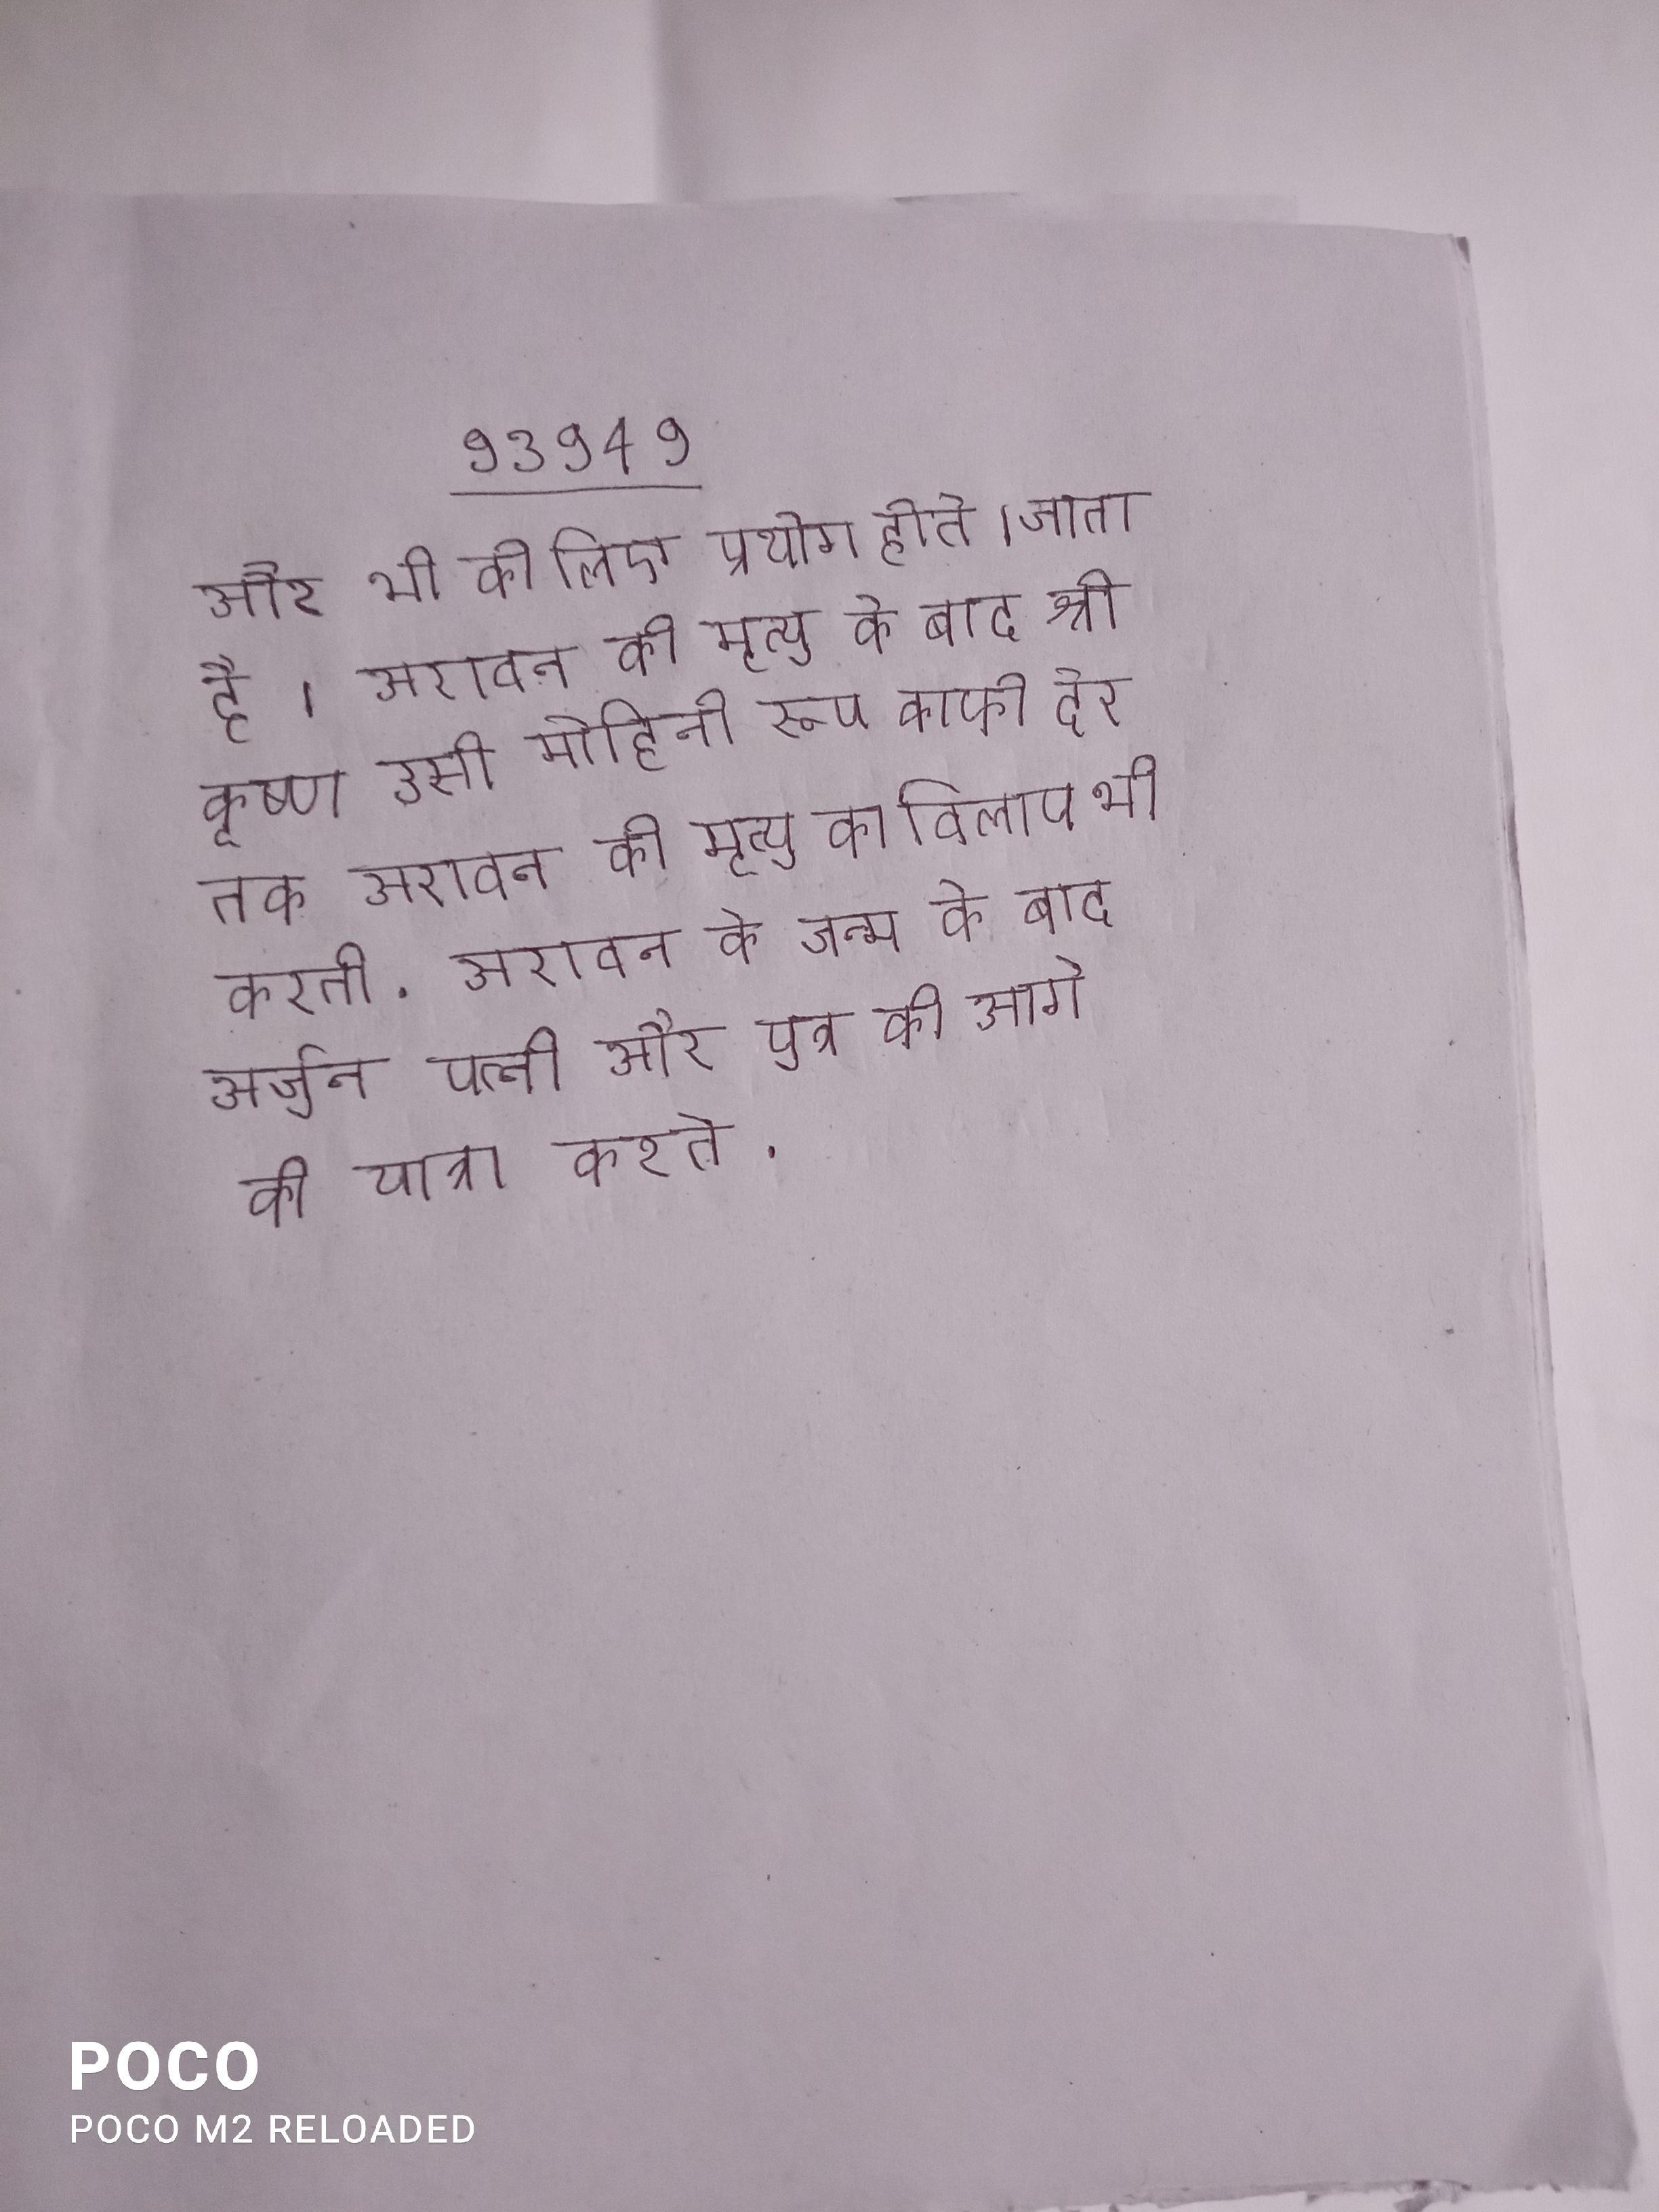
और भी के लिए प्रयोग होते । जाता है । अरावन की मृत्यु के बाद श्री कृष्ण उसी मोहिनी रूप काफी देर तक अरावन की मृत्यु का विलाप भी करती . अरावन के जन्म के बाद अर्जुन पत्नी और पुत्र को आगे की यात्रा करते .